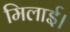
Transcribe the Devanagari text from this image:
मिलाई।